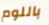
باللوم